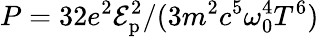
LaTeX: P={32e^{2}\mathcal{E}_{\mathrm{{p}}}^{2}}/{(3m^{2}c^{5}\omega_{0}^{4}T^{6})}